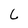
Character: L